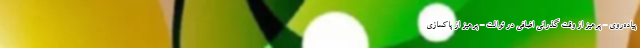
پیاده‌روی - پرهیز از وقت گذرانی اضافی در توالت - پرهیز از پاکسازی